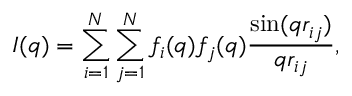
I ( q ) = \sum _ { i = 1 } ^ { N } \sum _ { j = 1 } ^ { N } f _ { i } ( q ) f _ { j } ( q ) { \frac { \sin ( q r _ { i j } ) } { q r _ { i j } } } ,